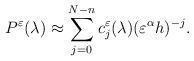
\begin{align*} P^\varepsilon(\lambda)\approx \sum_{j=0}^{N-n} c^\varepsilon_j(\lambda)(\varepsilon^{\alpha}h)^{-j}.\end{align*}